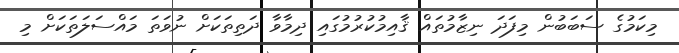
މިކަމުގެ ސަބަބުން މިފަދަ ނިޒާމުތައް ޤާއިމުކުރުމުގައި ދިމާވާ ދަތިތަކަށް ނުވަތަ މައްސަލަތަކަށް މި